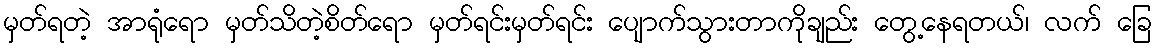
မှတ်ရတဲ့ အာရုံရော မှတ်သိတဲ့စိတ်ရော မှတ်ရင်းမှတ်ရင်း ပျောက်သွားတာကိုချည်း တွေ့နေရတယ်၊ လက် ခြေ